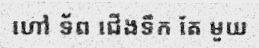
ហៅ ទ័ព ជើងទឹក តែ មួយ